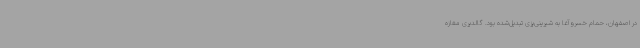
در اصفهان، حمام خسروآغا به شیرینی‌پزی تبدیل‌شده بود. گالدیری مغازه